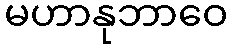
မဟာနုဘာဝေ